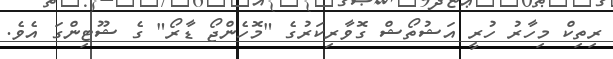
ރިތިކް މިހާރު ހުރީ އަޝުތޯޝް ގޮވާރިކަރުގެ "މޮހެންޖޯ ޑާރޯ" ގެ ޝޫޓިންގަ އެވެ.